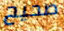
صحيح